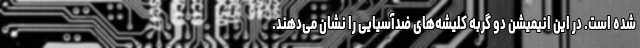
شده است. در این انیمیشن دو گربه کلیشه‌های ضدآسیایی را نشان می‌دهند.